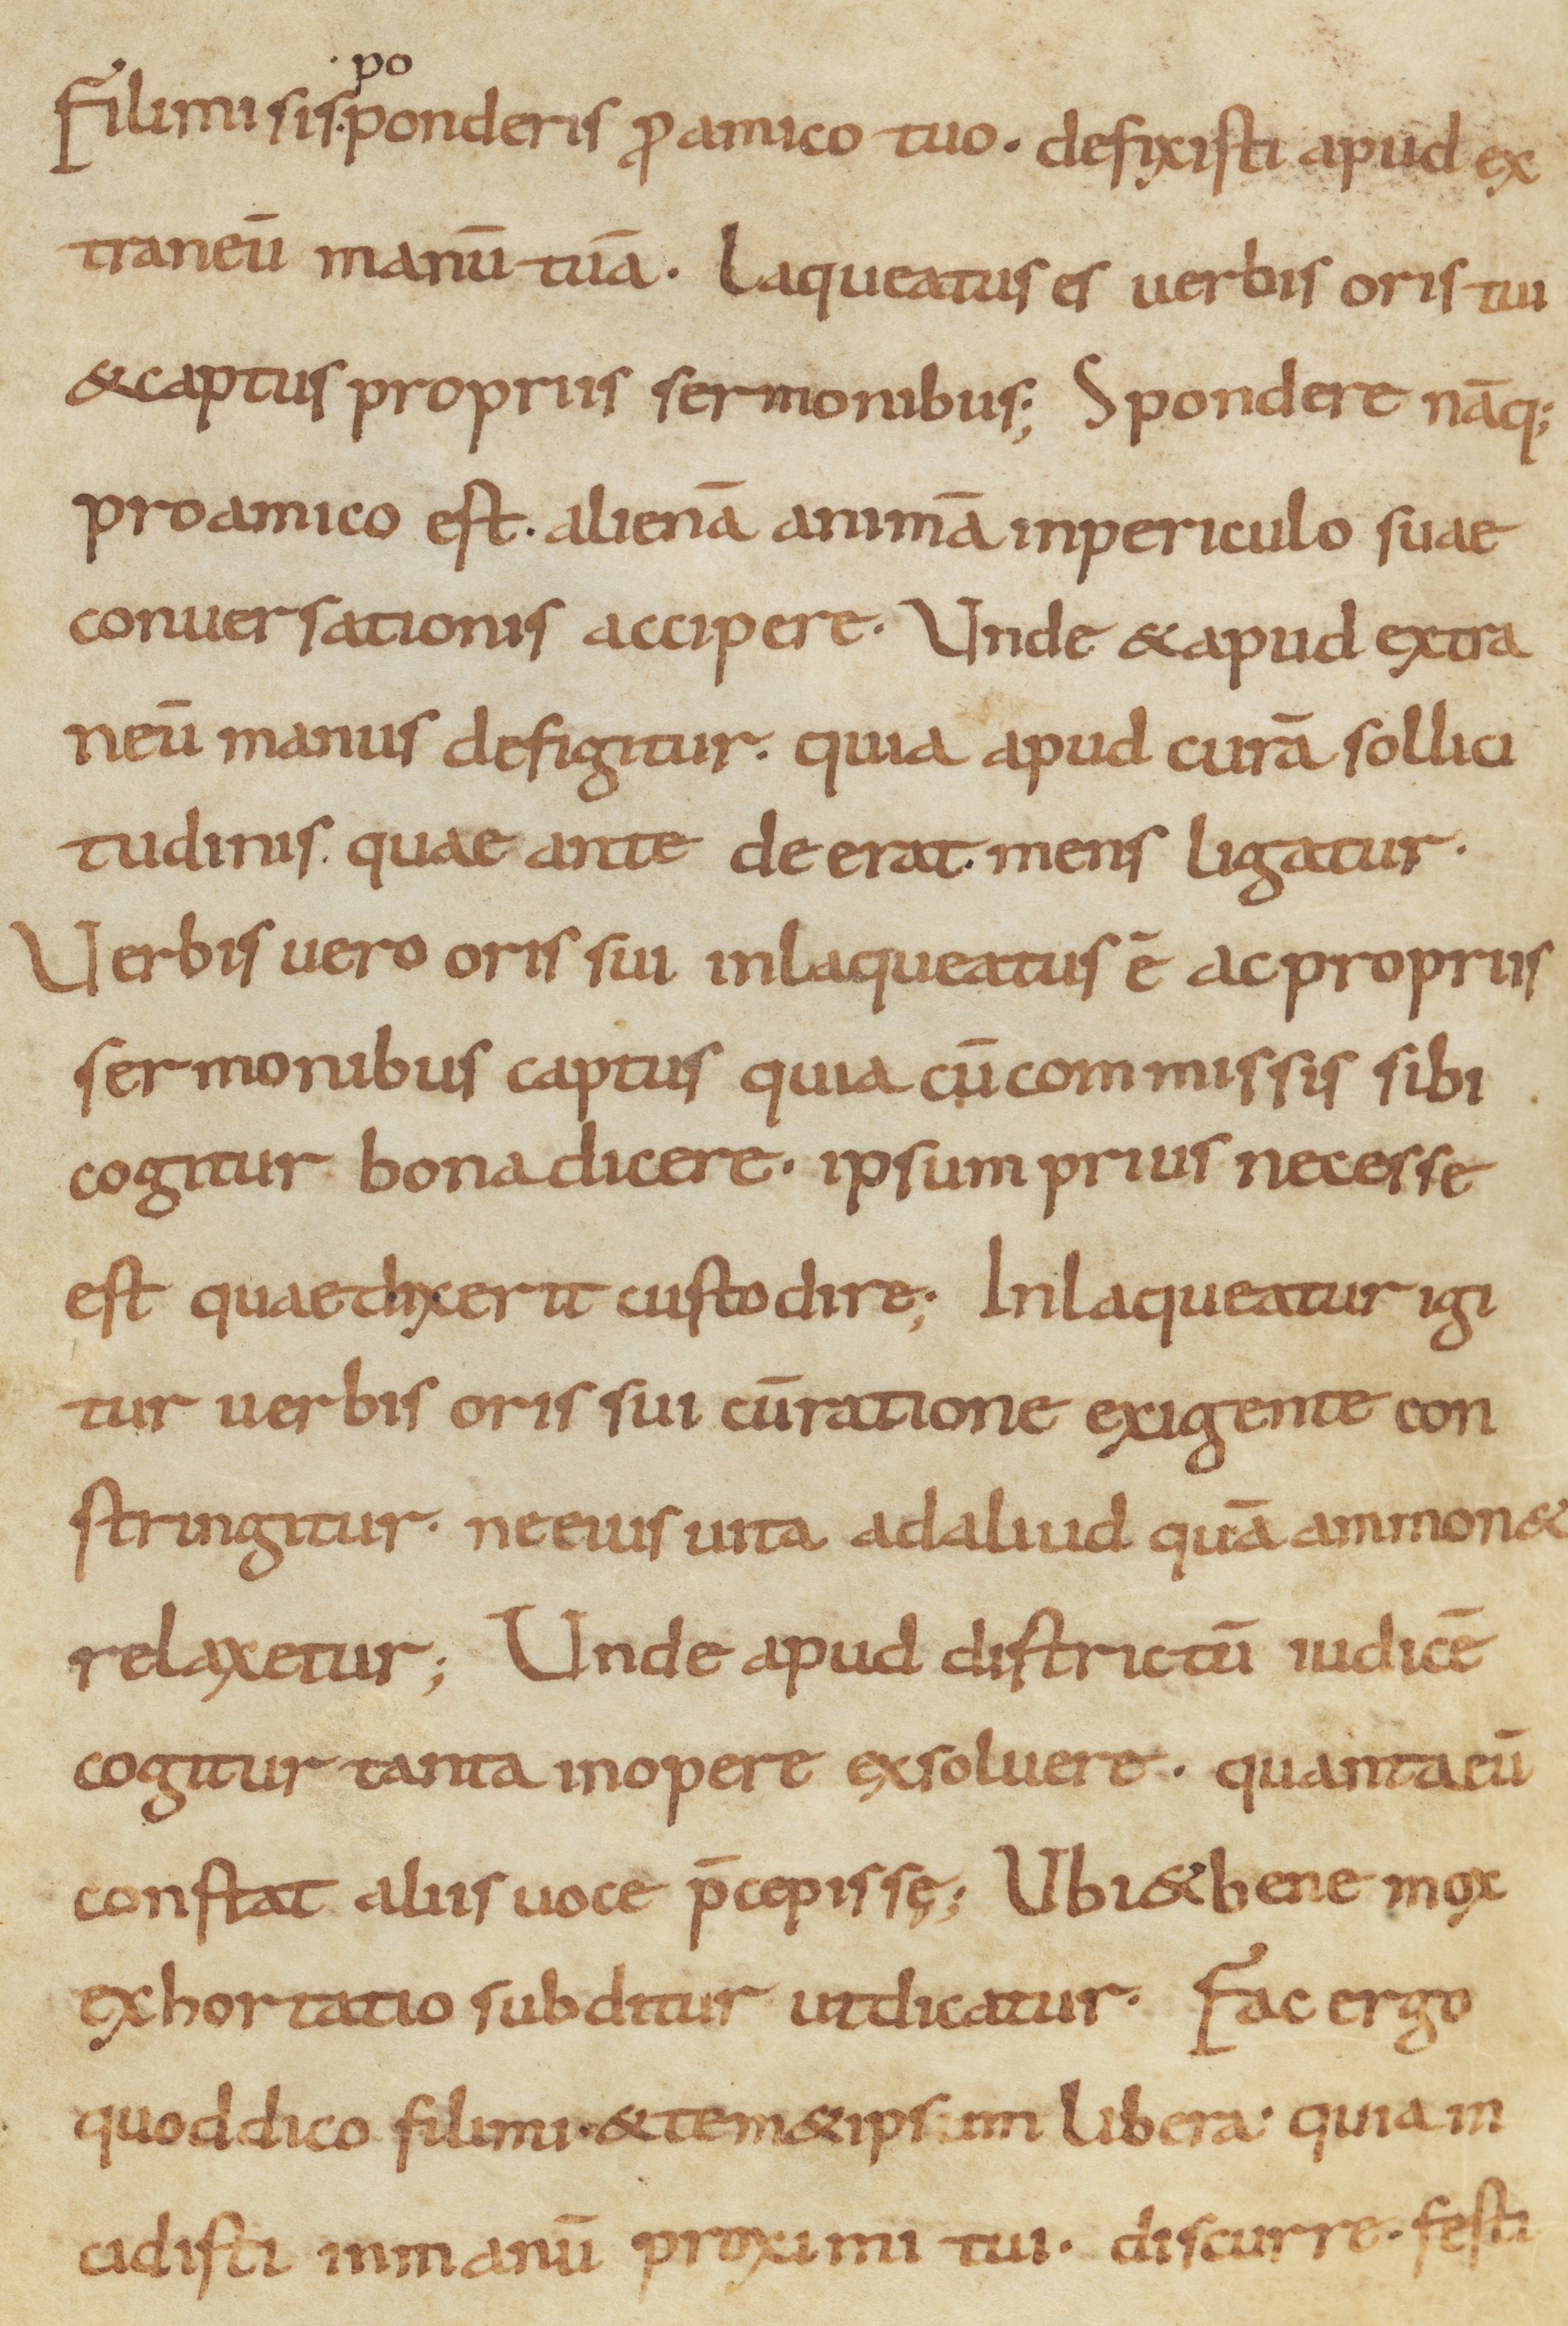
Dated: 900–999